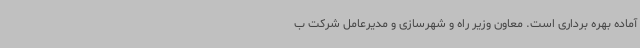
آماده بهره برداری است. معاون وزیر راه و شهرسازی و مدیرعامل شرکت ب